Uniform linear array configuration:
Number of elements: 12
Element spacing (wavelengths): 1
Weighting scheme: kaiser
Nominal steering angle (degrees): -45
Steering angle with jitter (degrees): -44.332
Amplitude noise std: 0.05
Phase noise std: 0.05

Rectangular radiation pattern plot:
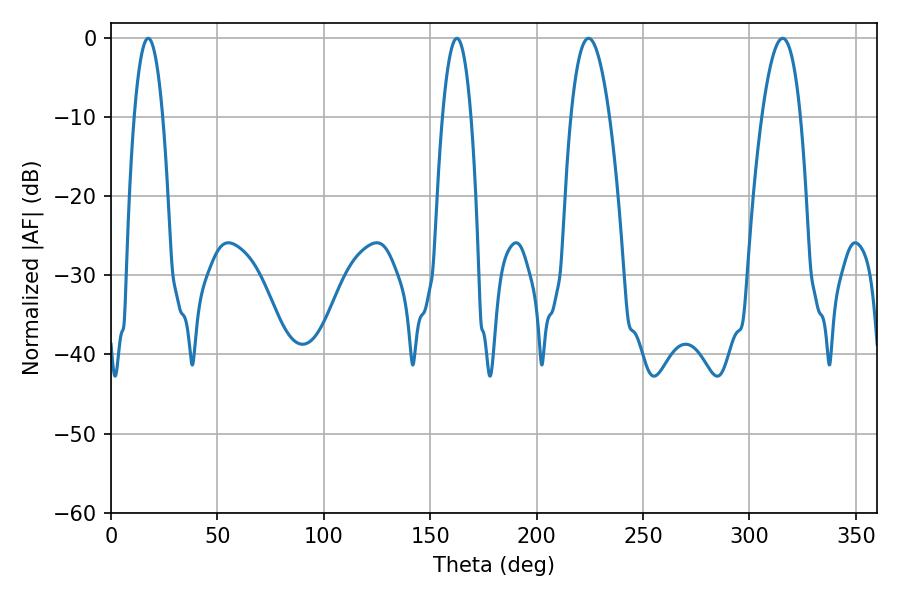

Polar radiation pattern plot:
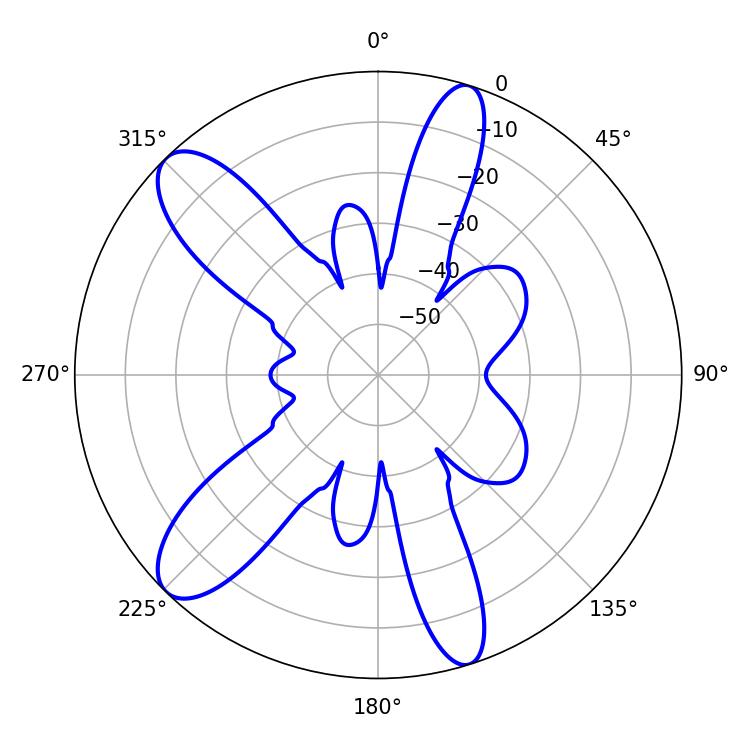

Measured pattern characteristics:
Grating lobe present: TRUE
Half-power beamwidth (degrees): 7.38
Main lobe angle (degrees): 17.46